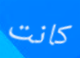
كانت